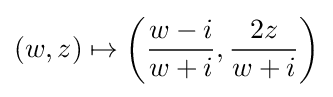
(w,z)\mapsto \left({\frac {w-i}{w+i}},{\frac {2z}{w+i}}\right)